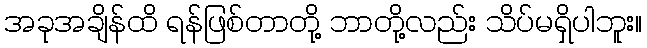
အခုအချိန်ထိ ရန်ဖြစ်တာတို့ ဘာတို့လည်း သိပ်မရှိပါဘူး။